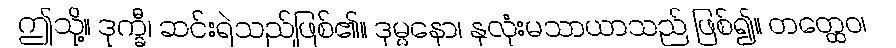
ဤသို့။ ဒုက္ခီ၊ ဆင်းရဲသည်ဖြစ်၏။ ဒုမ္မနော၊ နှလုံးမသာယာသည် ဖြစ်၍။ တတ္ထေဝ၊